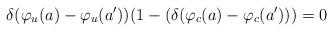
LaTeX: \begin{align*}\delta(\varphi_u(a) - \varphi_u(a^\prime)) (1-(\delta(\varphi_c(a)-\varphi_c(a^\prime))) = 0\end{align*}